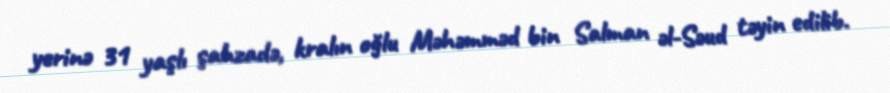
yerinə 31 yaşlı şahzadə, kralın oğlu Məhəmməd bin Salman əl-Səud təyin edilib.